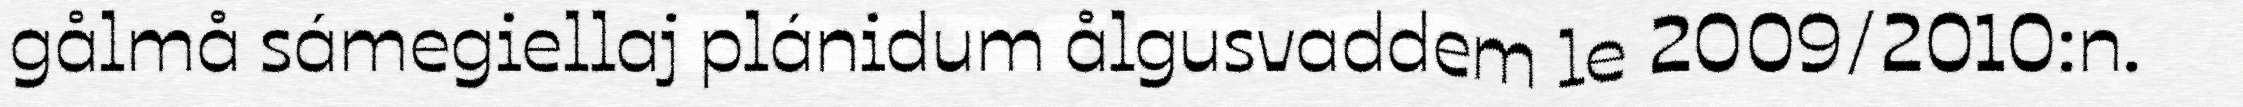
gålmå sámegiellaj plánidum ålgusvaddem le 2009/2010:n.